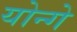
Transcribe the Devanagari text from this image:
योन्गे